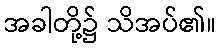
အခါတို့၌ သိအပ်၏။